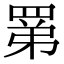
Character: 罤